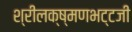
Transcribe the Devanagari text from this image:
श्रीलक्ष्मणभट्टजी